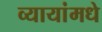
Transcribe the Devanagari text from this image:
व्यायांमधे